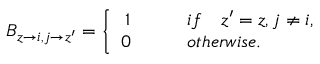
\begin{array} { r } { B _ { z \rightarrow i , j \rightarrow z ^ { \prime } } = \left\{ \begin{array} { r l } { 1 \qquad } & { { } i f \quad z ^ { \prime } = z , j \neq i , } \\ { 0 \qquad } & { { } o t h e r w i s e . } \end{array} \right. } \end{array}